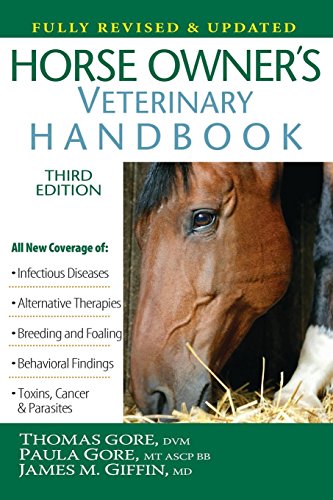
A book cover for Horse Owner's Veterinary Handbook; Thomas Gore; Crafts, Hobbies & Home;